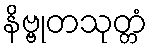
နိဗ္ဗုတသုတ္တံ